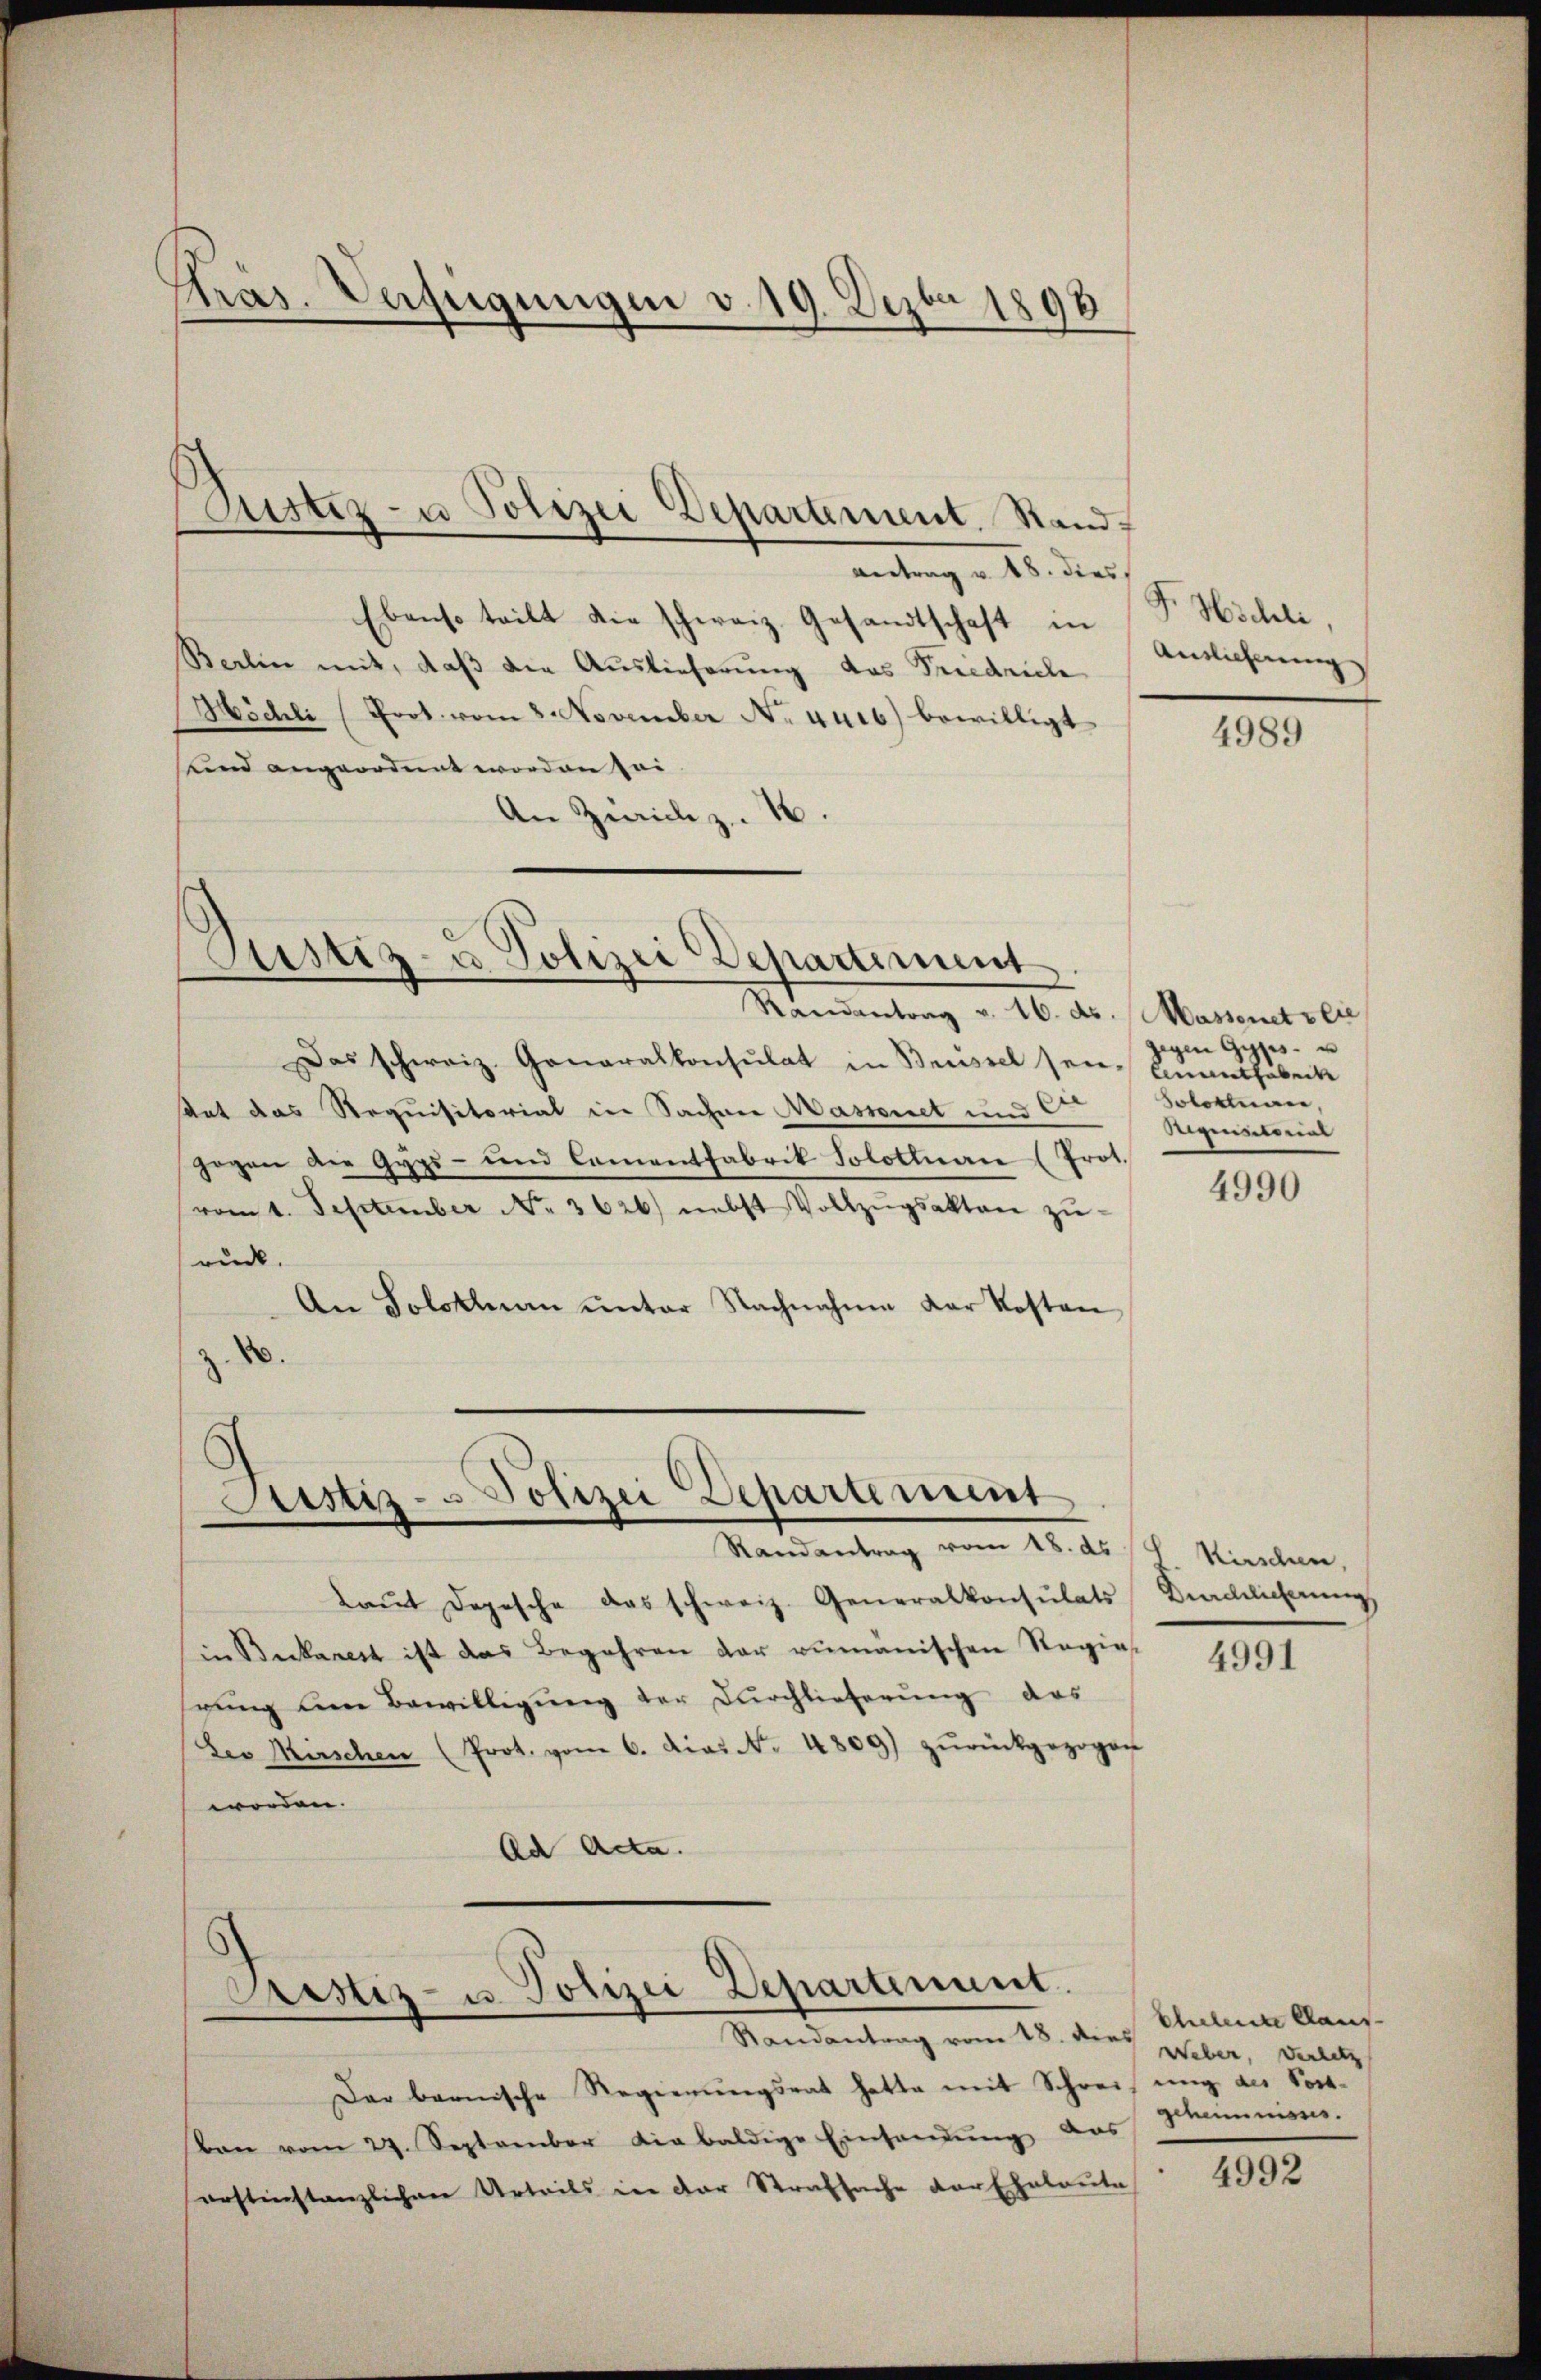
Phras. Verfügungen v. 19. Dezbr 1898

Antrag v. 18. dies
Ebenso teilt die schweiz. Gesandtschaft in
Berlin mit, daß die Auslieferung das Friedrich
Möchli (Prot. vom 8. November N. vurb) bewilligt
und angeordnet worden sei.
An Zürich z. 1.

ustiz- u Polizei Departement. Stand,

Justiz- u. Polizei Departement

Das schweiz. Generalkonsulat in Brissel sei. Annatharbeite
tat das Requisitorial in Sachene Massenet und Er
gogen die Gyps- und Comentfabrik Solothurn (Prot.
vom 1. September No. 3626.) nebst Vollzŭgsakten zŭ-
rück.
An Solothurn ŭnter Nachnahme der Kosten
.

Randantrag v. 16. ds. Massenet vie

Justiz- & Polizei Departement
.
Randantrag vom 18. ds

Cristiz- u Polizei Departement.
Randantrag vom 18. dies Weber, verletz

Laut Depesche das schweiz. Generalkonsulats Durchlicherung,
in Beckarest ist das Begehren der rumänischen Regie
rung den Bewilligung der Durchlieferung das
Der Kirschen (Prot. vom 6. Dec. No. 4809) zŭrückgezogen
worden.
Ad Acta.

Der bannische Regierungsrat hatte mit Schreibung des Post-
Von vom 27. September die baldige Einsendŭng aus
erstinstanzlichen Urteils in der Strafsache der Eheleute

F. Höchli
Antlicherung

4989

gegen Gyps u
Sofortion
Rigensternt

4990

Kirschen,

4991

Eheleute Claus
geheimnisses.

4992